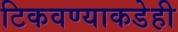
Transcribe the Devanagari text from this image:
टिकवण्याकडेही